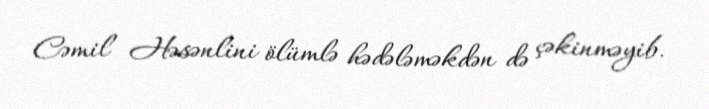
Cəmil Həsənlini ölümlə hədələməkdən də çəkinməyib.